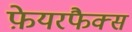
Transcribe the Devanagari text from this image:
फ़ेयरफैक्स